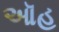
ઑહ